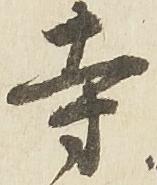
寺